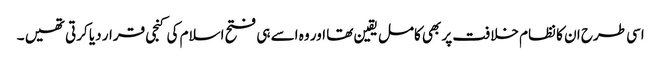
اسی طرح ان کا نظام خلافت پر بھی کامل یقین تھا اور وہ اسے ہی فتح اسلام کی کنجی قرار دیا کرتی تھیں ۔